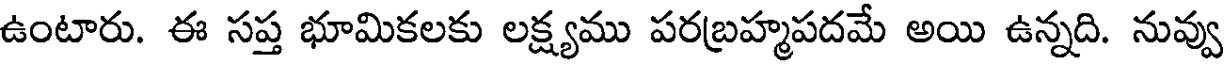
ఉంటారు. ఈ సప్త భూమికలకు లక్ష్యము పరబ్రహ్మపదమే అయి ఉన్నది. నువ్వు